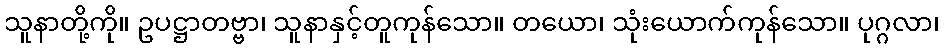
သူနာတို့ကို။ ဥပဋ္ဌာတဗ္ဗာ၊ သူနာနှင့်တူကုန်သော။ တယော၊ သုံးယောက်ကုန်သော။ ပုဂ္ဂလာ၊